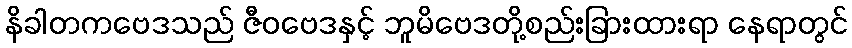
နိခါတကဗေဒသည် ဇီဝဗေဒနှင့် ဘူမိဗေဒတို့စည်းခြားထားရာ နေရာတွင်